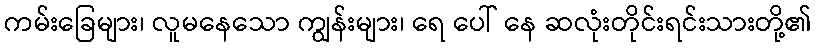
ကမ်းခြေများ၊ လူမနေသော ကျွန်းများ၊ ရေ ပေါ် နေ ဆလုံးတိုင်းရင်းသားတို့၏